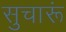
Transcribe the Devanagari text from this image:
सुचारूं